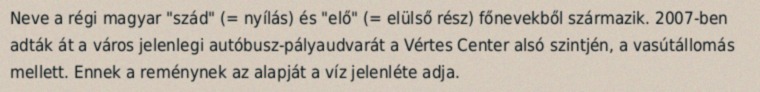
Neve a régi magyar "szád" (= nyílás) és "elő" (= elülső rész) főnevekből származik. 2007-ben adták át a város jelenlegi autóbusz-pályaudvarát a Vértes Center alsó szintjén, a vasútállomás mellett. Ennek a reménynek az alapját a víz jelenléte adja.